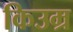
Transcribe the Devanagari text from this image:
किउम्र